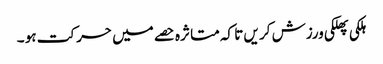
ہلکی پھلکی ورزش کر یں تا کہ متا ثرہ حصے میں حر کت ہو ۔